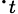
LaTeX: \cdot_{t}